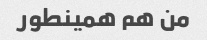
من هم همینطور